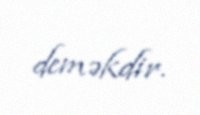
deməkdir.